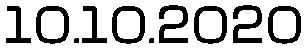
10.10.2020